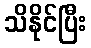
သိနိုင်ပြီး